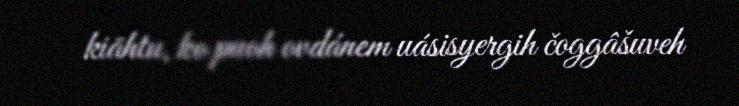
kiähtu, ko puoh ovdánem uásisyergih čoggâšuveh